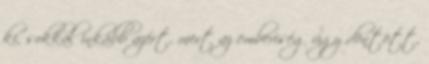
ki, sokkal inkább azért, mert az emberiség úgy döntött,